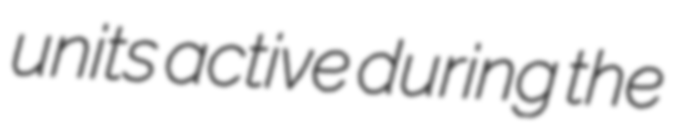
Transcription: units active during the